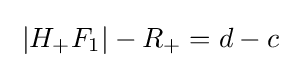
\;|H_{+}F_{1}|-R_{+}=d-c\;